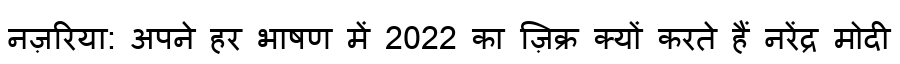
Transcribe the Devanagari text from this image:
नज़रिया: अपने हर भाषण में 2022 का ज़िक्र क्यों करते हैं नरेंद्र मोदी